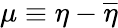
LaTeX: \mu\equiv\eta-\overline{{\eta}}